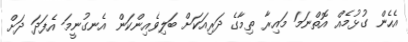
އެހެން ގުޅުމެއް އޮތްނަމަ މައިރާ ތިމާގެ ދަރިއަކަށް ބަލިވެއިންކަން އެނގުނީމަ އެފަދަ ދަށް